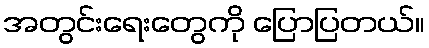
အတွင်းရေးတွေကို ပြောပြတယ်။